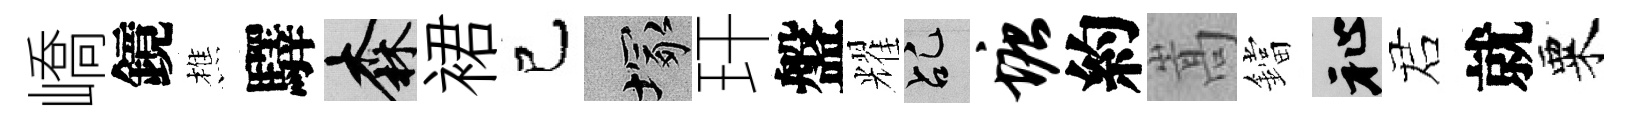
嶠鏡樵驛森裙己塚玕盤耀乩塘約嵩鐺祉诺就粟